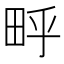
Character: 𬏃